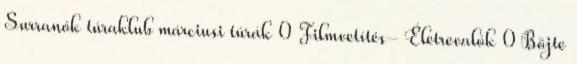
Surranók túraklub márciusi túrák 0 Filmvetítés- Életrevalók 0 Böjte